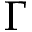
\Gamma